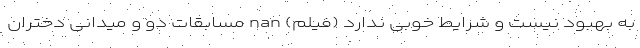
به بهبود نیست و شرایط خوبی ندارد (فیلم) nan مسابقات دو و میدانی دختران